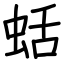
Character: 蛞